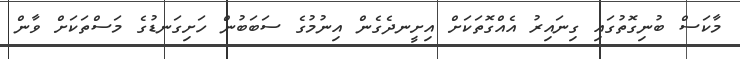
މާކަސް ބުނިގޮތުގައި ގިނައިރު އެއްގޮތަކަށް އިށީނދެގެން އިނުމުގެ ސަބަބުން ހަށިގަނޑުގެ މަސްތަކަށް ވާން